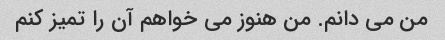
من می دانم. من هنوز می خواهم آن را تمیز کنم